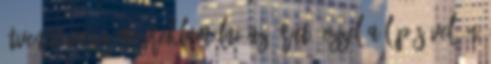
átvenni vagy megreklamálni az árut. Ezzel a lépésével Ön